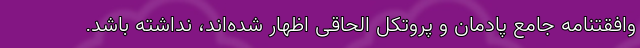
وافقتنامه جامع پادمان و پروتکل الحاقی اظهار شده‌اند، نداشته باشد.